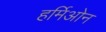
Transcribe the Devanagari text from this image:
हर्मिओन